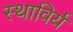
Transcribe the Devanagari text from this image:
स्थाविर्यं